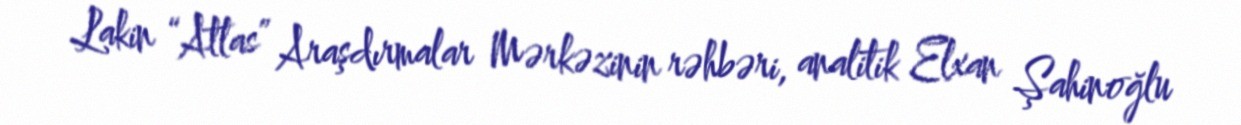
Lakin “Atlas” Araşdırmalar Mərkəzinin rəhbəri, analitik Elxan Şahinoğlu